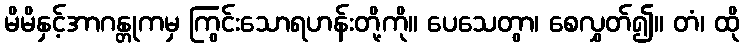
မိမိနှင့်အာဂန္တုကမှ ကြွင်းသောရဟန်းတို့ကို။ ပေသေတွာ၊ စေလွှတ်၍။ တံ၊ ထို